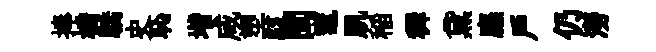
捧橋驕史恥堦咸塑駭閩竈肌稲穉黛廡戶仍澇